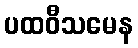
ပထဝီသမေန